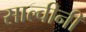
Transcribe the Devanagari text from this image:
साल्वीनी